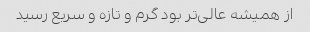
از همیشه عالی‌تر بود گرم و تازه و سریع رسید